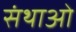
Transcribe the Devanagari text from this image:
संथाओं